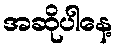
အဆိုပါနေ့